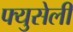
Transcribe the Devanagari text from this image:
फ्युसेली